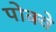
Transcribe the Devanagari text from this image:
पोक्वे